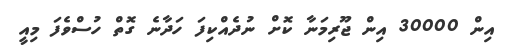
އިން 30000 އިން ޖޫރިމަނާ ކޮށް ނުދެއްކިފަ ހަދާނެ ގޮތް ހުސްވެފަ މިއީ